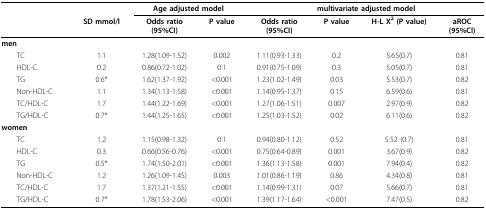
<table><thead><tr><td></td><td></td><td colspan="2"><b>Age adjusted model</b></td><td colspan="4"><b>multivariate adjusted model</b></td></tr><tr><td></td><td><b>SD mmol/l</b></td><td><b>Odds ratio(95%CI)</b></td><td><b>P value</b></td><td><b>Odds ratio(95%CI)</b></td><td><b>P value</b></td><td><b>H-L X<sup>2 </sup>(P value)</b></td><td><b>aROC(95%CI)</b></td></tr></thead><tbody><tr><td><b>men</b></td><td></td><td></td><td></td><td></td><td></td><td></td><td></td></tr><tr><td> TC</td><td>1.1</td><td>1.28(1.09-1.52)</td><td>0.002</td><td>1.11(0.93-1.33)</td><td>0.2</td><td>5.65(0.7)</td><td>0.81</td></tr><tr><td> HDL-C</td><td>0.2</td><td>0.86(0.72-1.02)</td><td>0.1</td><td>0.91(0.75-1.09)</td><td>0.3</td><td>5.05(0.7)</td><td>0.81</td></tr><tr><td> TG</td><td>0.6*</td><td>1.62(1.37-1.92)</td><td>&lt;0.001</td><td>1.23(1.02-1.49)</td><td>0.03</td><td>5.53(0.7)</td><td>0.82</td></tr><tr><td> Non-HDL-C</td><td>1.1</td><td>1.34(1.13-1.58)</td><td>&lt;0.001</td><td>1.14(0.95-1.37)</td><td>0.15</td><td>6.59(0.6)</td><td>0.81</td></tr><tr><td> TC/HDL-C</td><td>1.7</td><td>1.44(1.22-1.69)</td><td>&lt;0.001</td><td>1.27(1.06-1.51)</td><td>0.007</td><td>2.97(0.9)</td><td>0.82</td></tr><tr><td> TG/HDL-C</td><td>0.7*</td><td>1.44(1.25-1.65)</td><td>&lt;0.001</td><td>1.25(1.03-1.52)</td><td>0.02</td><td>6.11(0.6)</td><td>0.82</td></tr><tr><td><b>women</b></td><td></td><td></td><td></td><td></td><td></td><td></td><td></td></tr><tr><td> TC</td><td>1.2</td><td>1.15(0.98-1.32)</td><td>0.1</td><td>0.94(0.80-1.12)</td><td>0.52</td><td>5.52 (0.7)</td><td>0.81</td></tr><tr><td> HDL-C</td><td>0.3</td><td>0.66(0.56-0.76)</td><td>&lt;0.001</td><td>0.75(0.64-0.89)</td><td>0.001</td><td>3.67(0.9)</td><td>0.82</td></tr><tr><td> TG</td><td>0.5*</td><td>1.74(1.50-2.01)</td><td>&lt;0.001</td><td>1.36(1.13-1.58)</td><td>0.001</td><td>7.94(0.4)</td><td>0.82</td></tr><tr><td> Non-HDL-C</td><td>1.2</td><td>1.26(1.09-1.45)</td><td>0.003</td><td>1.01(0.86-1.19)</td><td>0.86</td><td>4.34(0.8)</td><td>0.81</td></tr><tr><td> TC/HDL-C</td><td>1.7</td><td>1.37(1.21-1.55)</td><td>&lt;0.001</td><td>1.14(0.99-1.31)</td><td>0.07</td><td>5.66(0.7)</td><td>0.81</td></tr><tr><td> TG/HDL-C</td><td>0.7*</td><td>1.78(1.53-2.06)</td><td>&lt;0.001</td><td>1.39(1.17-1.64)</td><td>&lt;0.001</td><td>7.47(0.5)</td><td>0.82</td></tr></tbody></table>